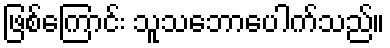
ဖြစ်ကြောင်း သူသဘောပေါက်သည်။